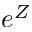
e ^ { Z }